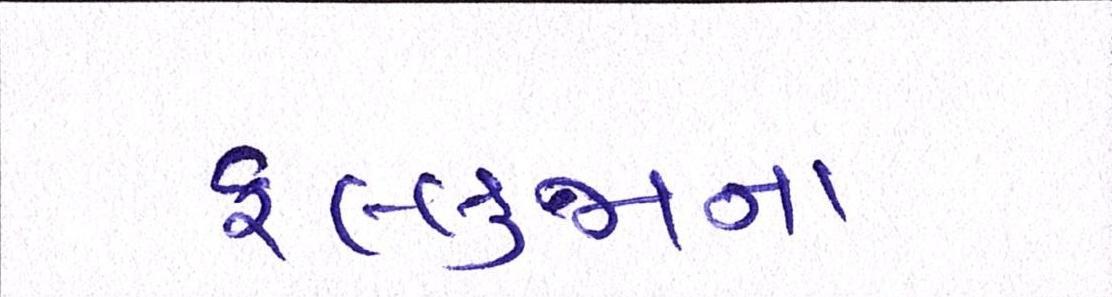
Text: ફલ્લુજાના